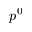
p ^ { 0 }